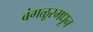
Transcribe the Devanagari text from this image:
बंगळूरमधून